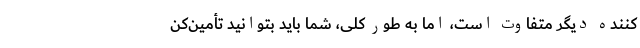
‌کننده دیگر متفاوت است، اما به طور کلی، شما باید بتوانید تأمین‌کن